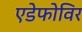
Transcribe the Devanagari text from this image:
एडेफोविर